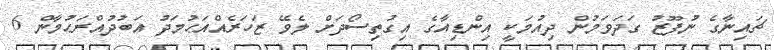
ޗައިނާގެ ނުފޫޒު ގަދަވަމުން ދިއުމަކީ އިންޑިއާގެ އިގުތިސޯދަށް ލެވޭ ޒަހަރެއްއަޙުމަދު އަބުދުއްރަޙުމާން 6